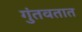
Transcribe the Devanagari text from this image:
गुंतवतात